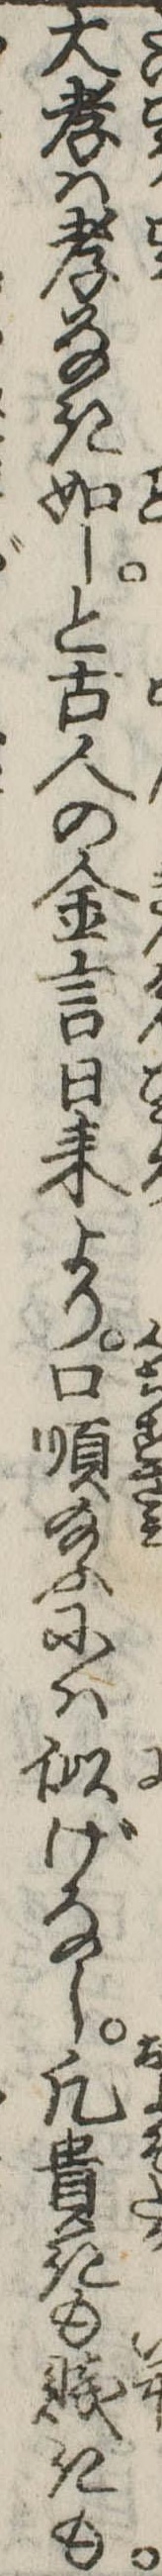
大孝は孝なき如しと古人の金言日来より口順給ふには似げなし凡貴きも賎きも